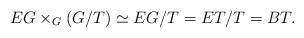
LaTeX: \begin{align*}EG \times_G (G/T) \simeq EG/T = ET/T = BT.\end{align*}